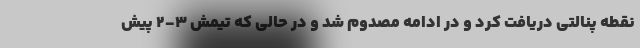
نقطه پنالتی دریافت کرد و در ادامه مصدوم شد و در حالی که تیمش ۳-۲ پیش